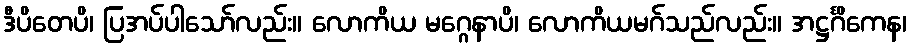
ဒီပိတေပိ၊ ပြအပ်ပါသော်လည်း။ လောကိယ မဂ္ဂေနာပိ၊ လောကိယမဂ်သည်လည်း။ အဋ္ဌင်္ဂိကေန၊